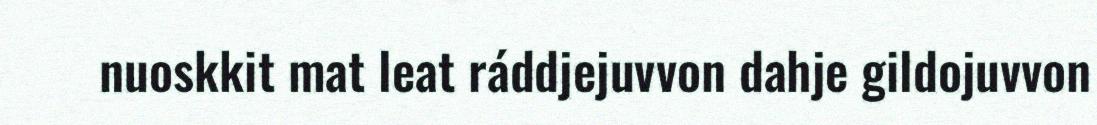
nuoskkit mat leat ráddjejuvvon dahje gildojuvvon